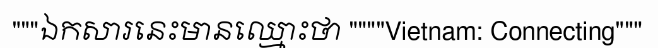
"""ឯកសារនេះមានឈ្មោះថា """"Vietnam: Connecting"""